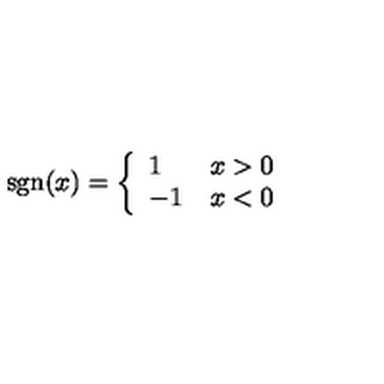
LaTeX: \mathrm { s g n } ( x ) = \left\{ \begin{array} { l l } { 1 \ } & { x > 0 } \\ { - 1 } & { x < 0 } \\ \end{array} \right.